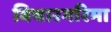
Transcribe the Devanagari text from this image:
विचारगरिमा